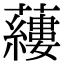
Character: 𧃒